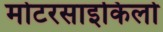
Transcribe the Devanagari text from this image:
मोटरसाइकिलो